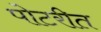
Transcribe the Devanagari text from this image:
पोटरीत